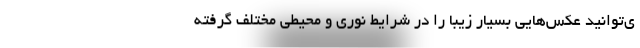
ی‌توانید عکس‌هایی بسیار زیبا را در شرایط نوری و محیطی مختلف گرفته